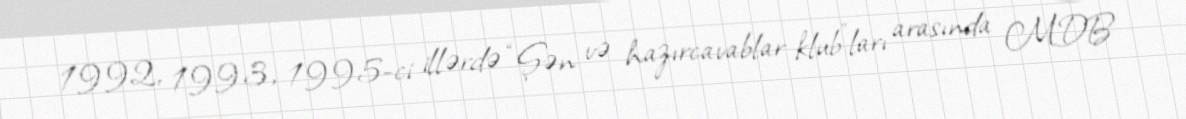
1992, 1993, 1995-ci illərdə “Şən və hazırcavablar klub”ları arasında MDB